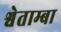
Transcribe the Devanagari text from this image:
श्वेताम्बा